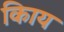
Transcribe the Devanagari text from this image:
किाय